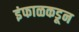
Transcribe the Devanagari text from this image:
इंफाळकडून